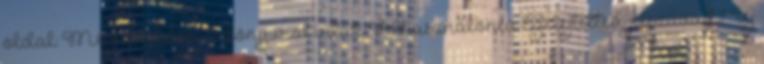
oldal: Megrendelem A könyvről írták. Felhasználónév Elfelejtetted jelszavad? Új